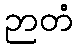
ဉာတံ